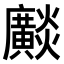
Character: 𤒼